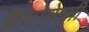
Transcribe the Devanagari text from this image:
क्लेप्टोक्रेसी